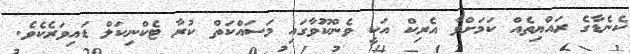
ކެނެޑާގެ ރައްޔިތެއް ކަމަށްވާ އެރިކް އަކީ ވެންކޫވާގައި މަސައްކަތް ކުރާ ޓެކްނިކަލް ޑައިވަރެކެވެ.